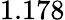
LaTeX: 1.178